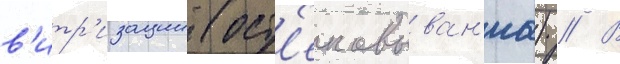
в'итр'изации (ост'екловыван'иа) // В